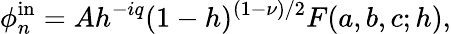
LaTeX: \phi_{n}^{\mathrm{in}}=Ah^{-iq}(1-h)^{(1-\nu)/2}F(a,b,c;h),